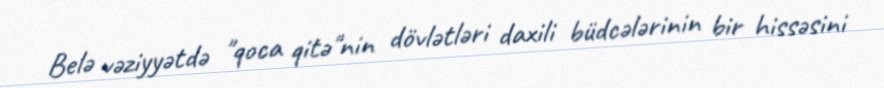
Belə vəziyyətdə "qoca qitə"nin dövlətləri daxili büdcələrinin bir hissəsini